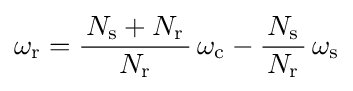
\omega _{\text{r}}={\frac {\,N_{\text{s}}+N_{\text{r}}\,}{N_{\text{r}}}}\,\omega _{\text{c}}-{\frac {\,N_{\text{s}}\,}{N_{\text{r}}}}\,\omega _{\text{s}}